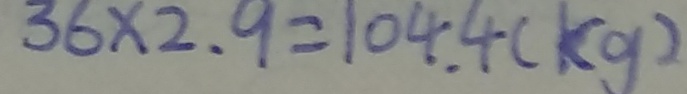
3 6 \times 2 . 9 = 1 0 4 . 4 ( k g )